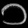
Digit: ၁